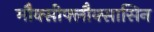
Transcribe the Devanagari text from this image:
मौक्सीफ्लौक्सासिन